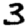
Digit: 3